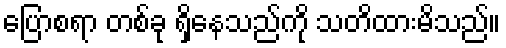
ပြောစရာ တစ်ခု ရှိနေသည်ကို သတိထားမိသည်။